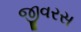
જીવરસ